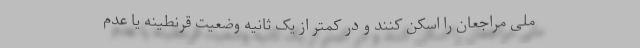
ملی مراجعان را اسکن کنند و در کمتر از یک ثانیه وضعیت قرنطینه یا عدم